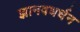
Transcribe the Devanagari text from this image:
ज्ञानवधर्धन